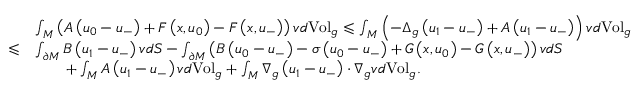
\begin{array} { r l } & { \int _ { M } \left( A \left( u _ { 0 } - u _ { - } \right) + F \left( x , u _ { 0 } \right) - F \left( x , u _ { - } \right) \right) v d \mathrm { V o l } _ { g } \leqslant \int _ { M } \left( - \Delta _ { g } \left( u _ { 1 } - u _ { - } \right) + A \left( u _ { 1 } - u _ { - } \right) \right) v d \mathrm { V o l } _ { g } } \\ { \leqslant } & { \int _ { \partial M } B \left( u _ { 1 } - u _ { - } \right) v d S - \int _ { \partial M } \left( B \left( u _ { 0 } - u _ { - } \right) - \sigma \left( u _ { 0 } - u _ { - } \right) + G \left( x , u _ { 0 } \right) - G \left( x , u _ { - } \right) \right) v d S } \\ & { \qquad + \int _ { M } A \left( u _ { 1 } - u _ { - } \right) v d \mathrm { V o l } _ { g } + \int _ { M } \nabla _ { g } \left( u _ { 1 } - u _ { - } \right) \cdot \nabla _ { g } v d \mathrm { V o l } _ { g } . } \end{array}